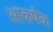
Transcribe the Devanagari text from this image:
आकर्षक